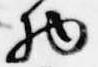
物